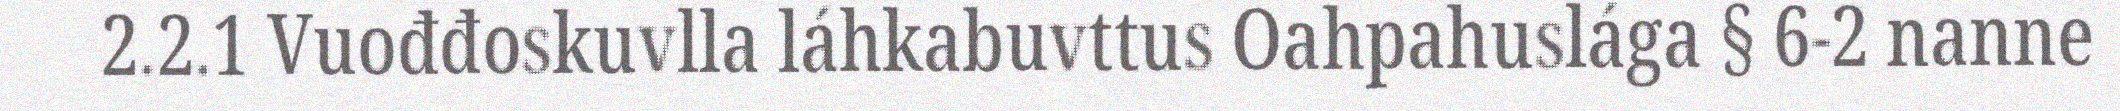
2.2.1 Vuođđoskuvlla láhkabuvttus Oahpahuslága § 6-2 nanne